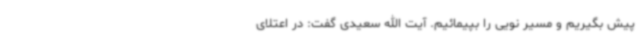
پیش بگیریم و مسیر نویی را بپیمائیم. آیت الله سعیدی گفت: در اعتلای